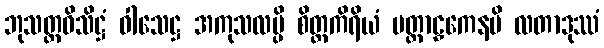
ဘုသတ္ထဝိသိဋ္ဌံ ဝါသေဋ္ဌ အကုသလမ္ပိ စိတ္တကိရိယံ ပတ္တာဠှကေနပိ လတာဒုဿံ